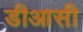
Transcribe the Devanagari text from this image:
डीआसी